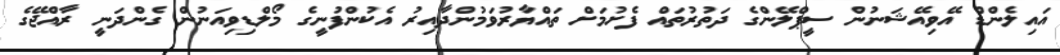
އައިލެންޑް އޭވިއޭޝަނުން ސީޕްލޭންގެ ދަތުރުތައް ފެށުމަށް ތައްޔާރުވަމުންދާއިރު އެކުންފުނީގެ މޯލްޑިވިއަނުން ގެންދަނީ ރާއްޖޭގެ